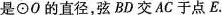
是\odot O的直径，弦BD交AC于点E。